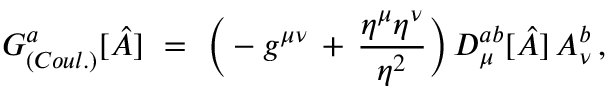
G _ { ( C o u l . ) } ^ { a } [ \hat { A } ] \ = \ \Big ( - g ^ { \mu \nu } \, + \, \frac { \eta ^ { \mu } \eta ^ { \nu } } { \eta ^ { 2 } } \Big ) \, D _ { \mu } ^ { a b } [ \hat { A } ] \, A _ { \nu } ^ { b } \, ,